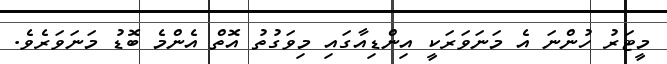
މީޓަރު ހުންނަ އެ މަނަވަރަކީ އިންޑިއާގައި މިވަގުތު އޮތް އެންމެ ބޮޑު މަނަވަރެވެ.